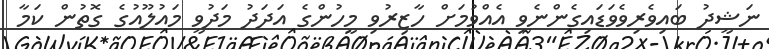
ނަޝީދު ބައިވެރިވެވަޑައިގެންނެވި އެއްވުމަށް ހާޒިރުވި މީހުންގެ އަދަދު މަދުވީ މައުލޫއުގެ ގޮތުން ކަމާ